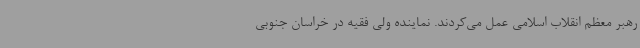
رهبر معظم انقلاب اسلامی عمل می‌کردند. نماینده ولی فقیه در خراسان جنوبی